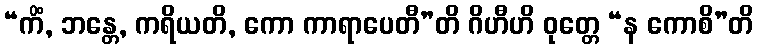
“ကိံ, ဘန္တေ, ကရိယတိ, ကော ကာရာပေတီ”တိ ဂိဟီဟိ ဝုတ္တေ “န ကောစိ”တိ